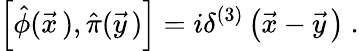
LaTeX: \left[\hat{\phi}(\vec{x}\, ),\hat{\pi}(\vec{y}\, )\right]=i\delta^{(3)}\left(\vec{x}-\vec{y}\, \right)\ .